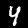
Digit: 4